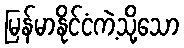
မြန်မာနိုင်ငံကဲ့သို့သော